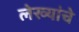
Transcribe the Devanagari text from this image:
लेख्यांचे